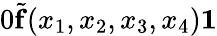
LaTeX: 0\le{\widetilde f}(x_{1},x_{2},x_{3},x_{4})\le 1